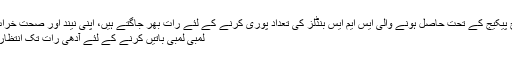
محض میسیج پیکیج کے تحت حاصل ہونے والی ایس ایم ایس بنڈلز کی تعداد پوری کرنے کے لئے رات بھر جاگتے ہیں، اپنی نیند اور صحت خراب کرتے ہیں
لمبی لمبی باتیں کرنے کے لئے آدھی رات تک انتظار کیا جاتاہے۔